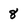
Character: 8